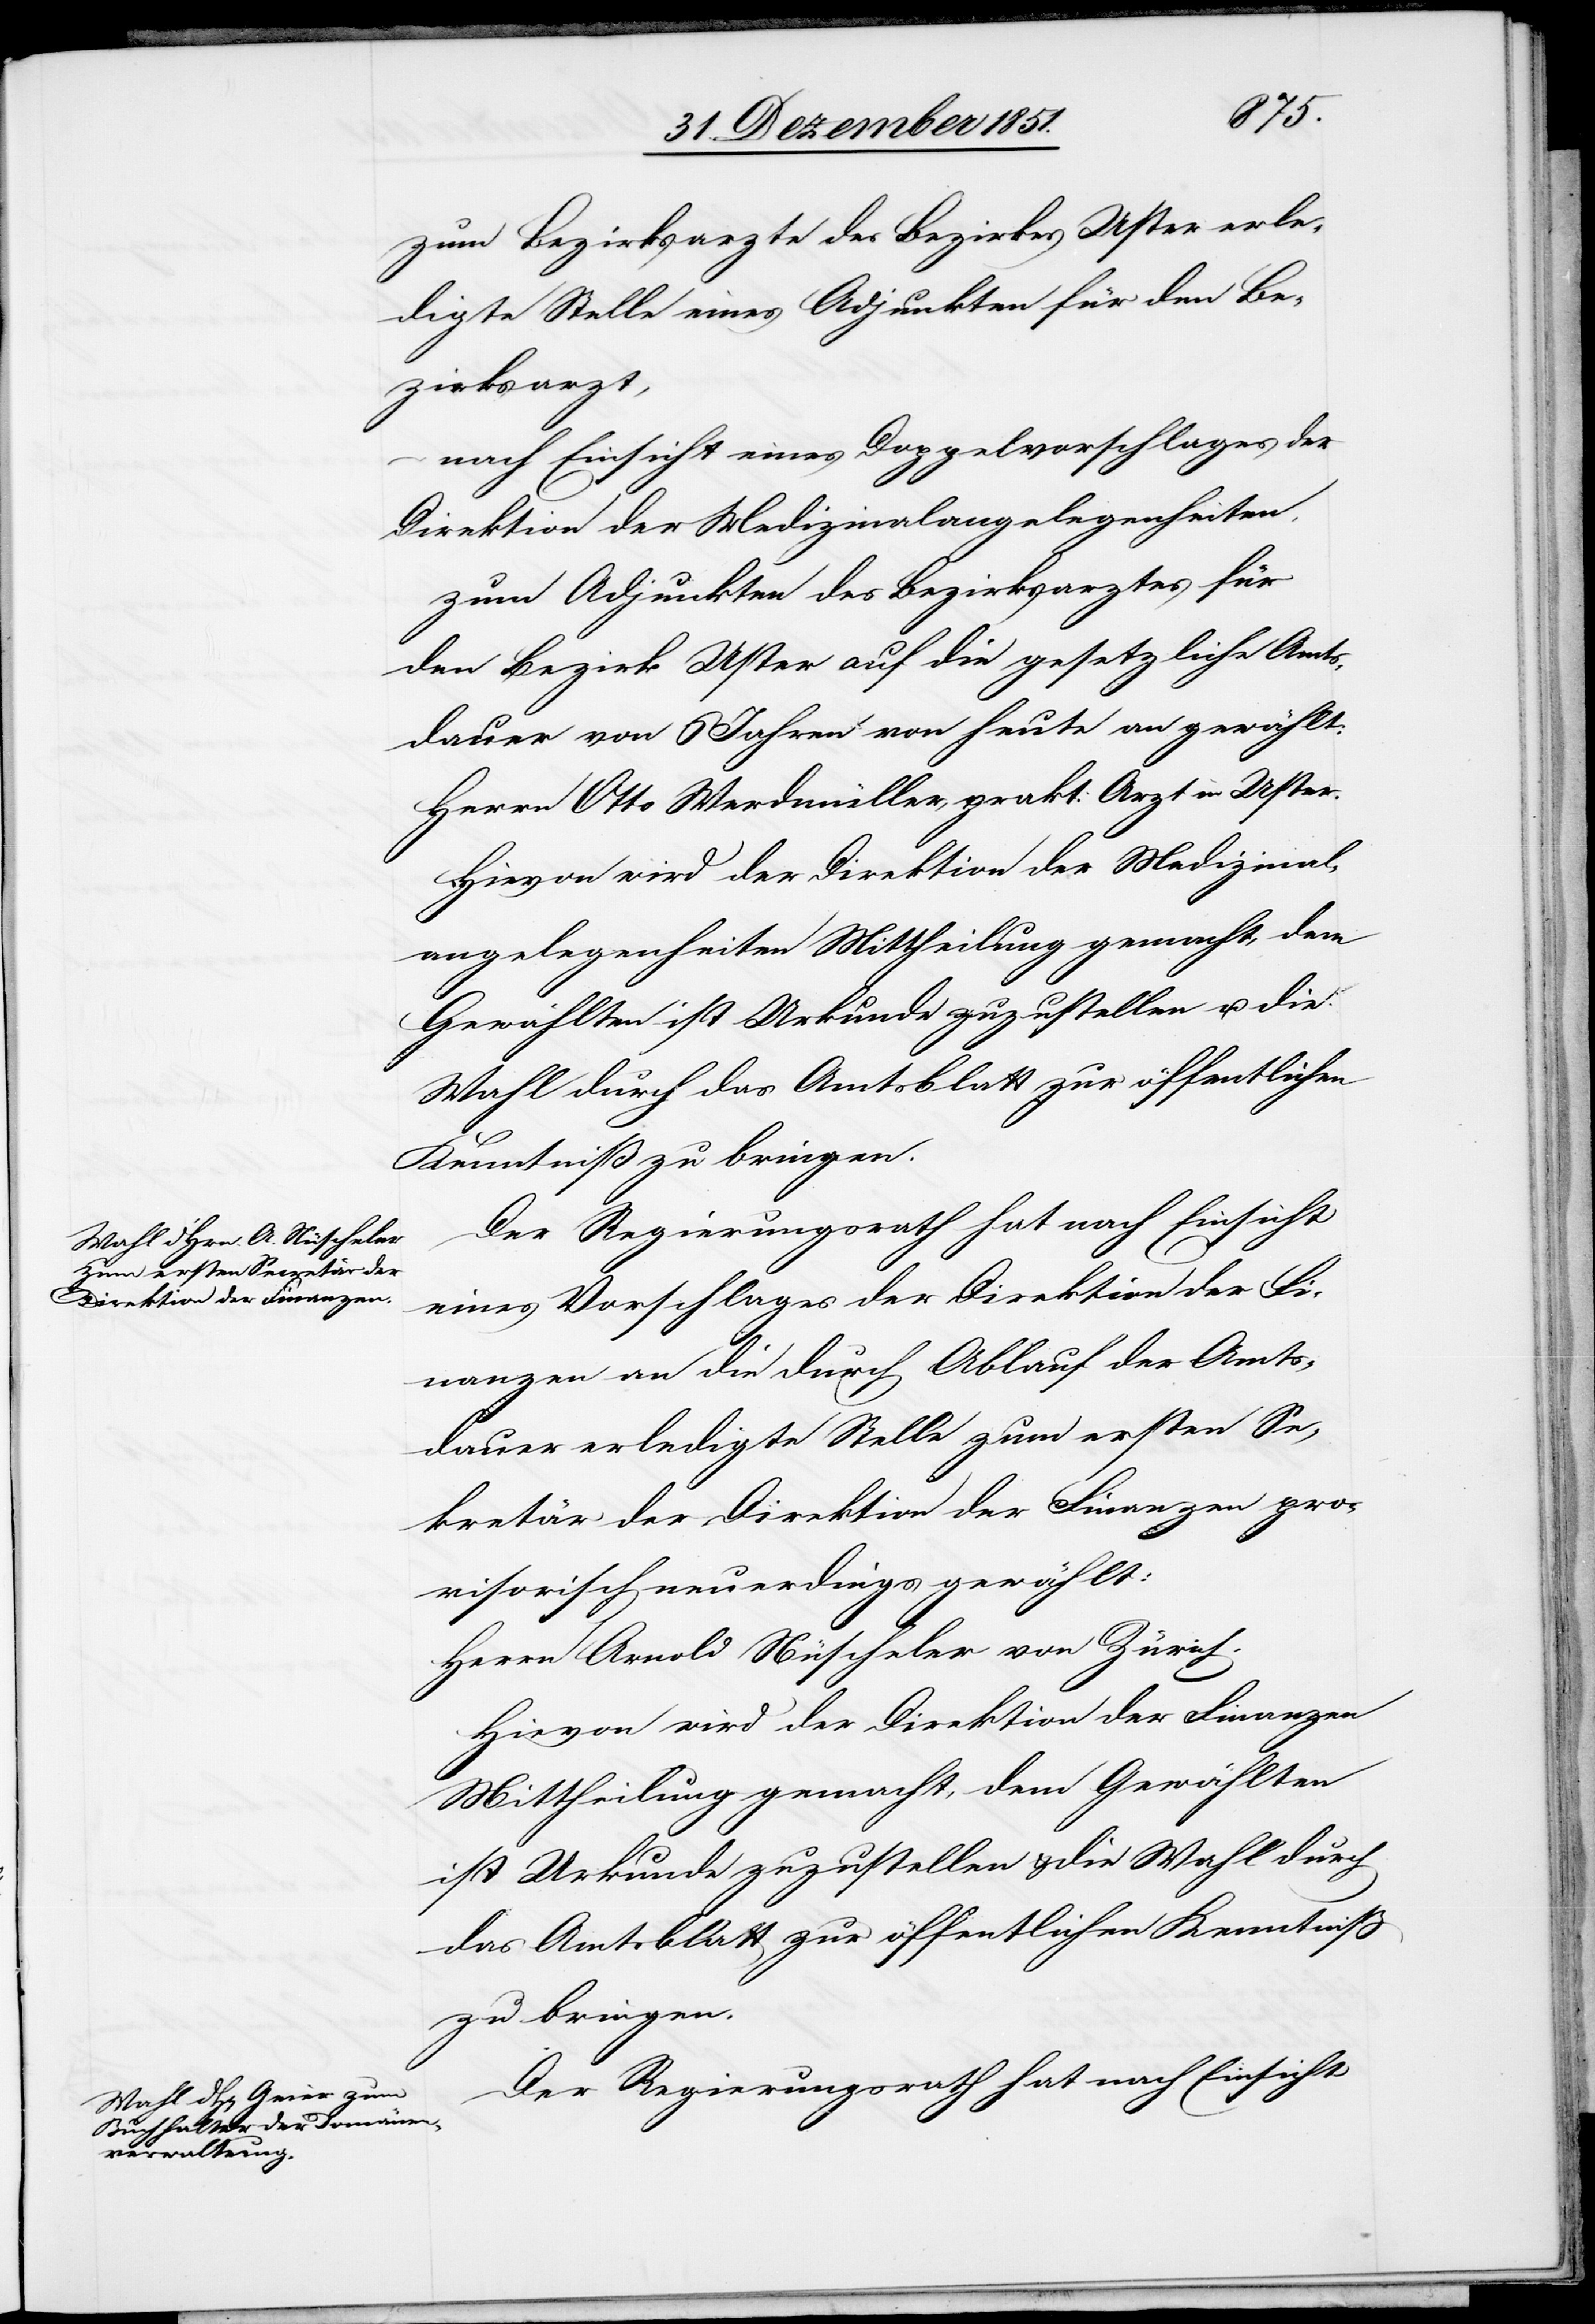
zum Bezirksarzte des Bezirkes Uster erle¬
digte Stelle eines Adjunkten für den Be¬
zirksarzt,
nach Einsicht eines Doppelvorschlages der
Direktion der Medizinalangelegenheiten,
zum Adjunkten des Bezirksarztes für
den Bezirk Uster auf die gesetzliche Amts¬
dauer von 6 Jahren von heute an gewählt:
Herrn Otto Werdmüller, prakt: Arzt in Uster.
Hievon wird der Direktion der Medizinal¬
angelegenheiten Mittheilung gemacht, dem
Gewählten ist Urkunde zuzustellen u. die
Wahl durch das Amtsblatt zur öffentlichen
Kenntniß zu bringen.
Der Regierungsrath hat nach Einsicht
eines Vorschlages der Direktion der Fi¬
nanzen an die durch Ablauf der Amts¬
dauer erledigte Stelle zum ersten Se¬
kretär der Direktion der Finanzen pro¬
visorisch neuerdings gewählt:
Herrn Arnold Nüscheler von Zürich.
Hievon wird der Direktion der Finanzen
Mittheilung gemacht, dem Gewählten
ist Urkunde zuzustellen & die Wahl durch
das Amtsblatt zur öffentlichen Kenntniß
zu bringen.
Der Regierungsrath hat nach Einsicht